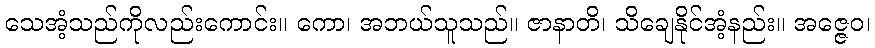
သေအံ့သည်ကိုလည်းကောင်း။ ကော၊ အဘယ်သူသည်။ ဇာနာတိ၊ သိချေနိုင်အံ့နည်း။ အဇ္ဇေဝ၊